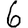
Digit: 6